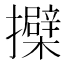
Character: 𢹐